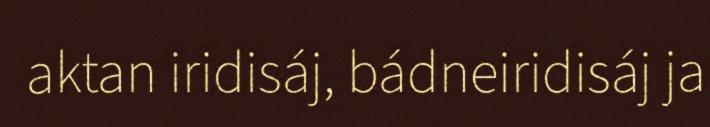
aktan iridisáj, bádneiridisáj ja